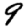
Digit: 9